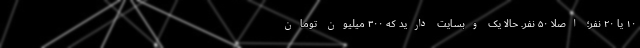
۱۰ یا ۲۰ نفر؛ اصلا ۵۰ نفر. حالا یک وبسایت دارید که ۳۰۰ میلیون تومان